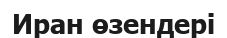
Иран өзендері